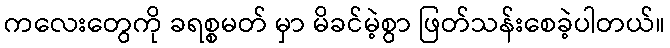
ကလေးတွေကို ခရစ္စမတ် မှာ မိခင်မဲ့စွာ ဖြတ်သန်းစေခဲ့ပါတယ်။